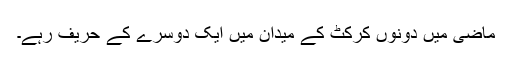
ماضی میں دونوں کرکٹ کے میدان میں ایک دوسرے کے حریف رہے۔